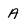
Character: A